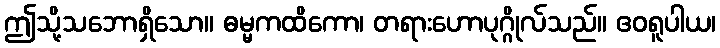
ဤသို့သဘောရှိသော။ ဓမ္မကထိကော၊ တရားဟောပုဂ္ဂိုလ်သည်။ ဧဝရူပါယ၊